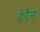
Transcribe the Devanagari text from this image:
डेरैन